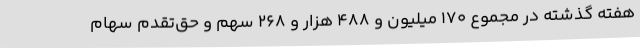
هفته گذشته در مجموع 170 میلیون و 488 هزار و 268 سهم و حق‌تقدم سهام